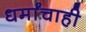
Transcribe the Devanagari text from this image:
धर्मांचाही